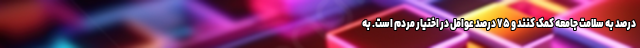
درصد به سلامت جامعه کمک کنند و ۷۵ درصد عوامل در اختیار مردم است. به